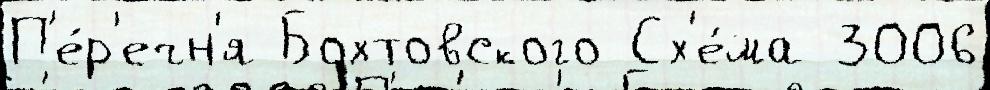
П'е́р'ечн'я Бохтовского Сх'е́ма 3006